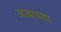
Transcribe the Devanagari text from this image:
अलायदा